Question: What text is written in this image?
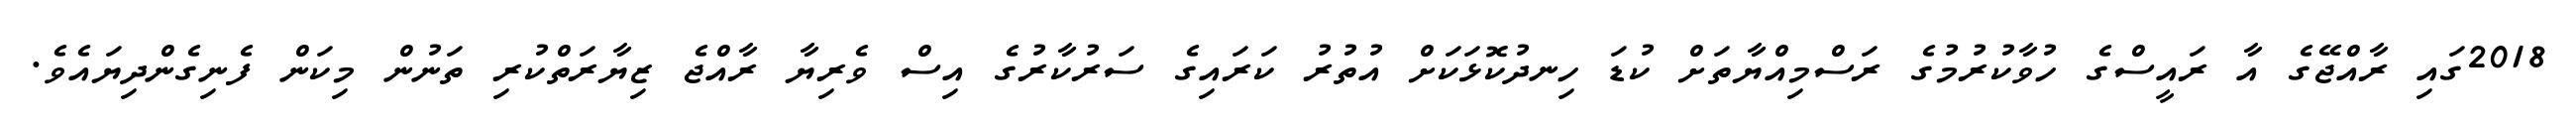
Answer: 2018ގައި ރާއްޖޭގެ އާ ރައީސްގެ ހުވާކުރުމުގެ ރަސްމިއްޔާތަށް ކުޑަ ހިނދުކޮޅަކަށް އުތުރު ކަރައިގެ ސަރުކާރުގެ އިސް ވެރިޔާ ރާއްޖެ ޒިޔާރަތްކުރި ތަނުން މިކަން ފެނިގެންދިޔައެވެ.